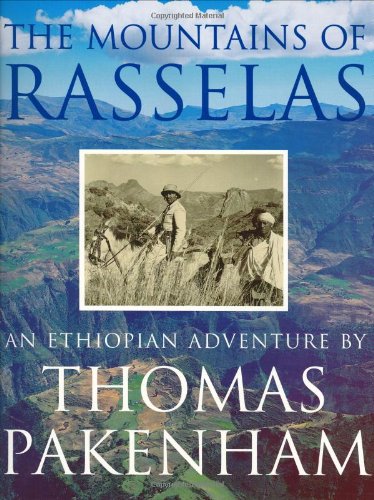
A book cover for The Mountains Of Rasselas: An Ethiopian Adventure; Thomas Pakenham; History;